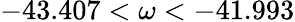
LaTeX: -43.407<\omega<-41.993